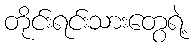
တိုင်းရင်းသားတွေရဲ့